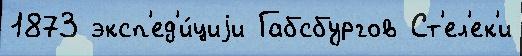
1873 эксп'ед'и́циjи Габсбургов Ст'ел'ек'и